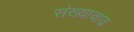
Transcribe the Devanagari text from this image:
संख्यावाढ